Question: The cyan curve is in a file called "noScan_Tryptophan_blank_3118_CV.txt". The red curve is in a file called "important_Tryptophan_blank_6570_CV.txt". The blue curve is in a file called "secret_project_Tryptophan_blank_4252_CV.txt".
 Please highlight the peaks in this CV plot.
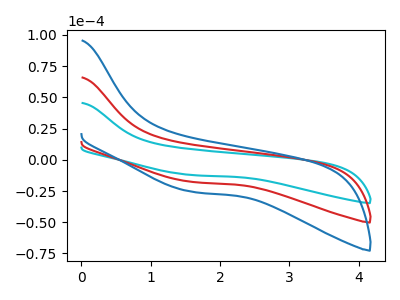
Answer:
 <answer>The cyan curve "Tryptophan_blank1" has no peaks. The red curve "Tryptophan_blank2" has no peaks. The blue curve "Tryptophan_blank3" has no peaks.</answer>
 <eval></eval>